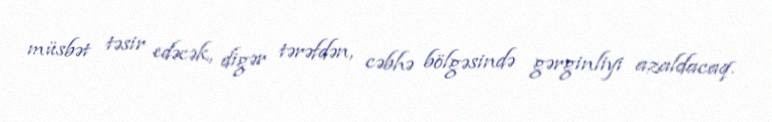
müsbət təsir edəcək, digər tərəfdən, cəbhə bölgəsində gərginliyi azaldacaq.